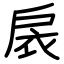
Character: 扆